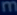
mm